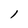
Character: 1